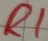
Text: R1